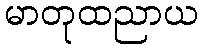
မာတုထညာယ